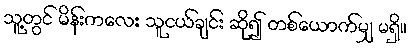
သူ့တွင် မိန်းကလေး သူငယ်ချင်း ဆို၍ တစ်ယောက်မျှ မရှိ။